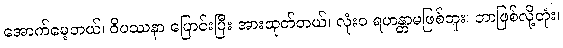
အောက်မေ့တယ်၊ ဝိပဿနာ ပြောင်းပြီး အားထုတ်တယ်၊ လုံးဝ ရဟန္တာမဖြစ်ဘူး၊ ဘာဖြစ်လို့တုံး၊